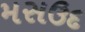
મસઉદ